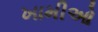
ખામીઓ